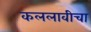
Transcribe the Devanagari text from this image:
कललावीचा